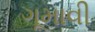
ગૂમાવી